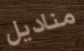
مناديل